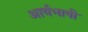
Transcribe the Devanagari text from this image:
आर्यभाषी